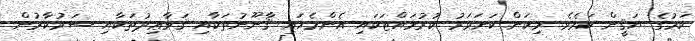
ކަމުގެ ޔަޤީން ކަމެވެ. މިކަން ކަށަވަރު ކުރުމައްޓަކައި އެންމެހައި ޤާނޫނުތަކާއި ޤަވާޢިދުތަކާއި ސަރުކާރުން